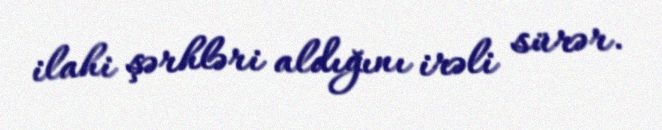
ilahi şərhləri aldığını irəli sürər.